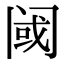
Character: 阈